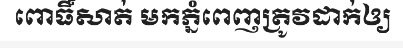
ពោធិ៍សាត់ មកភ្នំពេញត្រូវដាក់ឲ្យ